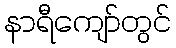
နာရီကျော်တွင်